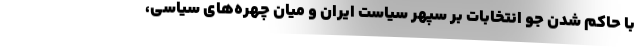
با حاکم شدن جو انتخابات بر سپهر سیاست ایران و میان چهره‌های سیاسی،